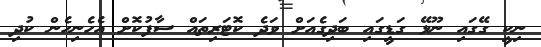
ނިކީ ގޭގައި ނޫޅޭ ގަޑީގައި ބަދިގެއަށް ވަދެ ކޮޓަރިތައް ސާފުކޮށް އެހެނިހެން ކުދި